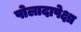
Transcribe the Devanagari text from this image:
पोलादापेक्षा